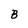
Character: B